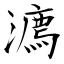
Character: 灋